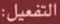
التفعيل: